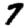
Digit: 7